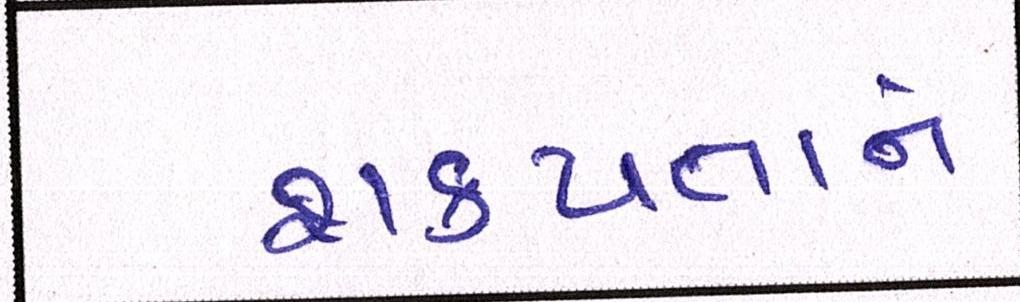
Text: શક્યતાને